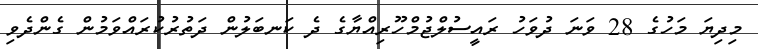
މިދިޔަ މަހުގެ 28 ވަނަ ދުވަހު ރައީސުލްޖުމްހޫރިއްޔާގެ ދެ ކަނބަލުން ދަތުރުކުރައްވަމުން ގެންދެވި